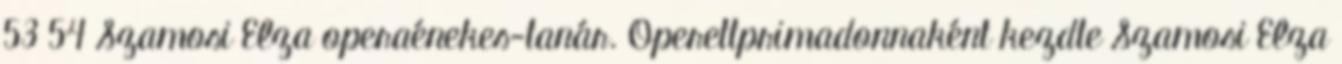
53 54 Szamosi Elza operaénekes-tanár. Operettprimadonnaként kezdte Szamosi Elza